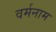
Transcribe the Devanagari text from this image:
वर्मनाम